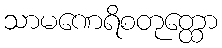
သာမဏေရိစတုတ္ထော